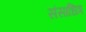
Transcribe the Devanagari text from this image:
संसाधित्र